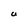
Character: U